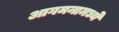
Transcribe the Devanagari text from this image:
आगमनामध्ये